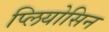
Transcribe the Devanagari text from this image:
प्लियोसिन